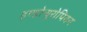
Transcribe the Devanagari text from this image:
इण्डोऱ्यूरोपियन